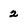
Character: 2